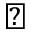
\triangleright